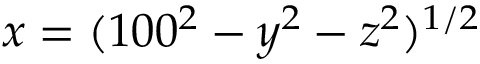
x = ( 1 0 0 ^ { 2 } - y ^ { 2 } - z ^ { 2 } ) ^ { 1 / 2 }